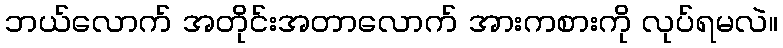
ဘယ်လောက် အတိုင်းအတာလောက် အားကစားကို လုပ်ရမလဲ။